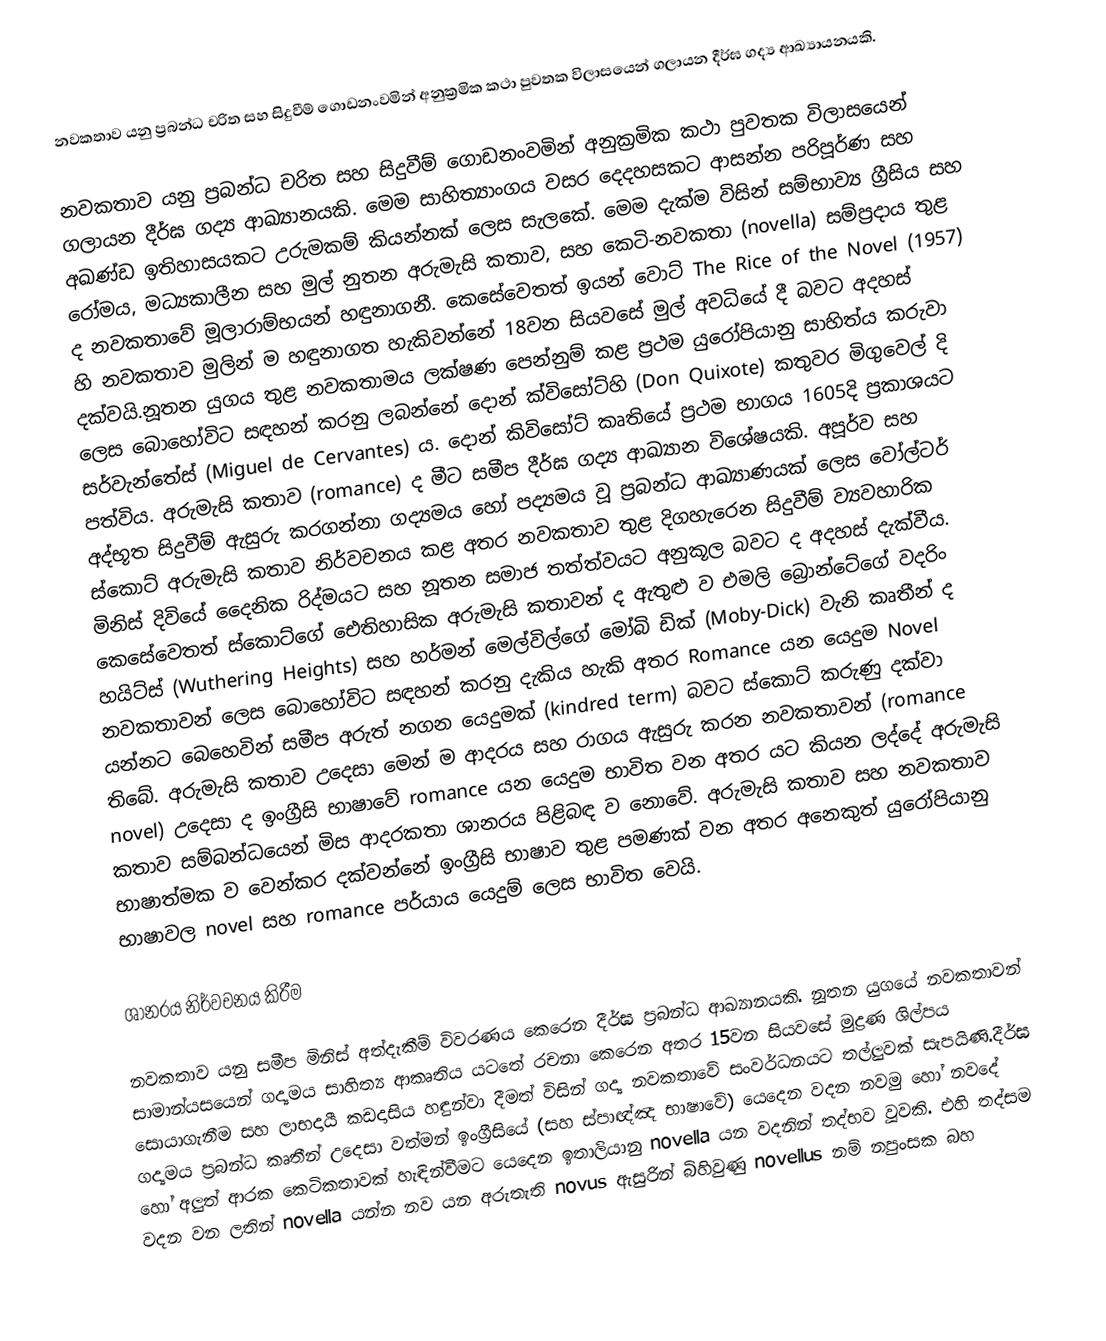
නවකතාව යනු  ප්‍රබන්ධ චරිත සහ සිදුවීම් ගොඩනංවමින් අනුක්‍රමික කථා පුවතක විලාසයෙන් ගලායන දීර්ඝ ගද්‍ය ආඛ්‍යායනයකි.

නවකතාව යනු ප්‍රබන්ධ චරිත සහ සිදුවීම් ගොඩනංවමින් අනුක්‍රමික කථා පුවතක විලාසයෙන් ගලායන දීර්ඝ ගද්‍ය ආඛ්‍යානයකි. මෙම සාහිත්‍යාංගය වසර දෙදහසකට ආසන්න පරිපූර්ණ සහ අඛණ්ඩ ඉතිහාසයකට උරුමකම් කියන්නක් ලෙස සැලකේ.  මෙම දැක්ම විසින් සම්භාව්‍ය ග්‍රීසිය සහ රෝමය, මධ්‍යකාලීන සහ මුල් නුතන අරුමැසි කතාව, සහ කෙටි-නවකතා (novella) සම්ප්‍රදාය තුළ ද නවකතාවේ මූලාරාම්භයන් හඳුනාගනී. කෙසේවෙතත් ඉයන් වොට්  The Rice of the Novel (1957) හි නවකතාව මුලින් ම හඳුනාගත හැකිවන්නේ 18වන සියවසේ මුල් අවධියේ දී බවට අදහස් දක්වයි.නූතන යුගය තුළ නවකතාමය ලක්ෂණ පෙන්නුම් කළ ප්‍රථම යුරෝපියානු සාහිත්ය කරුවා ලෙස බොහෝවිට සඳහන් කරනු ලබන්නේ දොන් ක්විසෝට්හි (Don Quixote) කතුවර මිගුවෙල් දි සර්වැන්තේස්  (Miguel de Cervantes) ය. දොන් කිවිසෝට් කෘතියේ ප්‍රථම භාගය 1605දි ප්‍රකාශයට පත්විය. අරුමැසි කතාව (romance) ද මීට සමීප දීර්ඝ ගද්‍ය  ආඛ්‍යාන විශේෂයකි. අපූර්ව සහ අද්භූත සිදුවීම් ඇසුරු කරගන්නා ගද්‍යමය හෝ පද්‍යමය වූ ප්‍රබන්ධ ආඛ්‍යාණයක් ලෙස වෝල්ටර් ස්කොට් අරුමැසි කතාව නිර්වචනය කළ අතර නවකතාව තුළ දිගහැරෙන සිදුවීම් ව්‍යවහාරික මිනිස් දිවියේ දෛනික රිද්මයට සහ නූතන සමාජ තත්ත්වයට අනුකූල බවට ද අදහස් දැක්වීය.  කෙසේවෙතත් ස්කොට්ගේ ඓතිහාසික අරුමැසි කතාවන් ද ඇතුළු ව  එමලි බ්‍රොන්ටේගේ වදරිං හයිට්ස්  (Wuthering Heights) සහ හර්මන් මෙල්විල්ගේ මෝබි ඩික්  (Moby-Dick) වැනි කෘතීන් ද නවකතාවන් ලෙස බොහෝවිට සඳහන් කරනු දැකිය හැකි අතර Romance යන යෙදුම Novel යන්නට බෙහෙවින් සමීප අරුත් නගන යෙදුමක් (kindred term) බවට ස්කොට් කරුණු දක්වා තිබේ. අරුමැසි කතාව උදෙසා මෙන් ම ආදරය සහ රාගය ඇසුරු කරන නවකතාවන් (romance novel) උදෙසා ද ඉංග්‍රීසි භාෂාවේ romance යන යෙදුම භාවිත වන අතර යට කියන ලද්දේ අරුමැසි කතාව සම්බන්ධයෙන් මිස ආදරකතා ශානරය පිළිබඳ ව නොවේ. අරුමැසි කතාව සහ නවකතාව භාෂාත්මක ව වෙන්කර දක්වන්නේ ඉංග්‍රීසි භාෂාව තුළ පමණක් වන අතර අනෙකුත් යුරෝපියානු භාෂාවල novel සහ romance පර්යාය යෙදුම් ලෙස භාවිත වෙයි.

ශානරය නිර්වචනය කිරීම

නවකතාව යනු සමීප මිනිස් අත්දැකීම් විවරණය කෙරෙන දීර්ඝ ප්‍රබන්ධ ආඛ්‍යානයකි. නූතන යුගයේ නවකතාවන් සාමාන්යසයෙන් ගද්‍යමය සාහිත්‍ය ආකෘතිය යටතේ රචනා කෙරෙන අතර 15වන සියවසේ මුද්‍රණ ශිල්පය සොයාගැනීම සහ ලාභදායී කඩදාසිය හඳුන්වා දීමත් විසින් ගද්‍ය නවකතාවේ සංවර්ධනයට තල්ලුවක් සැපයිණි.දීර්ඝ ගද්‍යමය ප්‍රබන්ධ කෘතීන් උදෙසා වත්මන් ඉංග්‍රීසියේ (සහ ස්පාඥ්ඤ භාෂාවේ) යෙදෙන වදන නවමු හෝ නවදේ හෝ අලුත් ආරක කෙටිකතාවක් හැඳින්වීමට යෙදෙන ඉතාලියානු novella යන වදනින් තද්භව වූවකි.  එහි තද්සම වදන වන ලතින් novella යන්න නව යන අරුතැති novus ඇසුරින් බිහිවුණු novellus නම් නපුංසක බහ